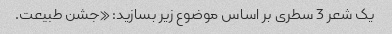
یک شعر 3 سطری بر اساس موضوع زیر بسازید: «جشن طبیعت.